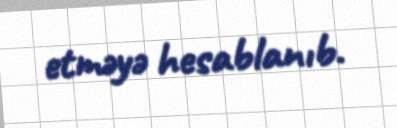
etməyə hesablanıb.